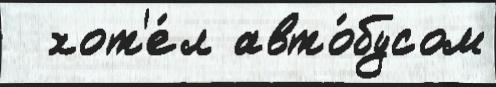
  хот'е́л авто́бусом